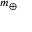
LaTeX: \scriptstyle m _ { \oplus }